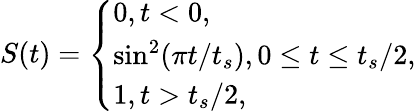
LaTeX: \begin{array}{r}{S(t)=\left\{ \begin{array}{ll}{0,t<0,}\\ {\sin^{2}(\pi t/t_{s}),0\leq t\leq t_{s}/2,}\\ {1,t>t_{s}/2,}\end{array}\right.}\end{array}